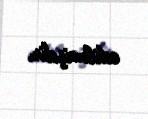
edilmişdir.